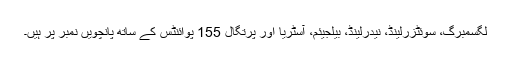
لگسمبرگ، سوئٹزرلینڈ، نیدرلینڈ، بیلجیئم، آسٹریا اور پرتگال 155 پوائنٹس کے ساتھ پانچویں نمبر پر ہیں۔